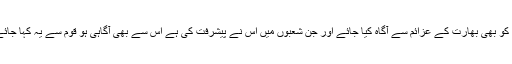
ملک بھر کی یونیورسٹیوں کے وائس چانسلروں کے ذریعے اساتذہ اور طلبہ و طالبات کو بھی بھارت کے عزائم سے آگاہ کیا جائے اور جن شعبوں میں اس نے پیشرفت کی ہے اس سے بھی آگاہی ہو قوم سے یہ کہا جائے کہ پاکستان کے فوجی دفاع کے لئے پاکستان کی مسلح افواج ہر طرح سے تیار ہیں۔